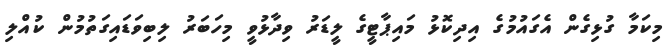
މިކަމާ ގުޅިގެން އެގައުމުގެ އިދިކޮޅު މައިޕާޓީގެ ލީޑަރު ވިދާޅުވީ މިހަބަރު ލިބިވަޑައިގަތުމުން ކުއްލި